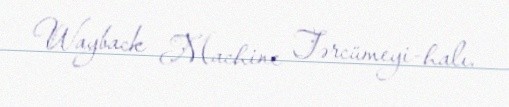
Wayback Machine Tərcümeyi-halı.